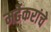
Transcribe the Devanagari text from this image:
मर्ढेकरांचे